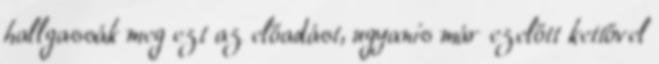
hallgassák meg ezt az előadást, ugyanis már ezelőtt kettővel